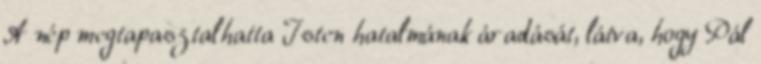
A nép megtapasztalhatta Isten hatalmának áradását, látva, hogy Pál